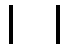
၊ ၊